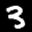
Label: 3